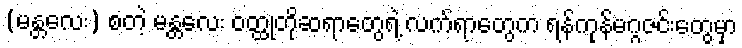
(မန္တလေး) စတဲ့ မန္တလေး ဝတ္ထုတိုဆရာတွေရဲ့ လက်ရာတွေက ရန်ကုန်မဂ္ဂဇင်းတွေမှာ